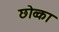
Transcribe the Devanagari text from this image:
छोव्का